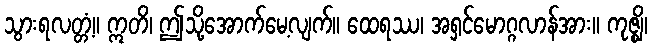
သွားရလတ္တံ့။ ဣတိ၊ ဤသို့အောက်မေ့လျက်။ ထေရဿ၊ အရှင်မောဂ္ဂလာန်အား။ ကုဇ္ဈိ၊